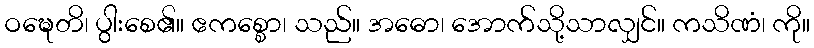
ဝဍ္ဎေတိ၊ ပွါးစေ၏။ ဧကစ္စော၊ သည်။ အဓော၊ အောက်သို့သာလျှင်။ ကသိဏံ၊ ကို။